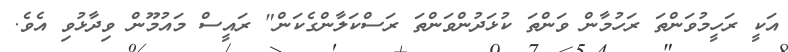
އަކީ ރަހީމުވަންތަ ރަހުމާން ވަންތަ ކުޅަދުންވަންތަ ރަސްކަލާންގެކަން" ރައީސް މައުމޫން ވިދާޅުވި އެވެ.